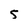
Character: 5